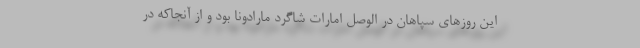
این روزهای سپاهان در الوصل امارات شاگرد مارادونا بود و از آنجاکه در